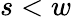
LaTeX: s<w